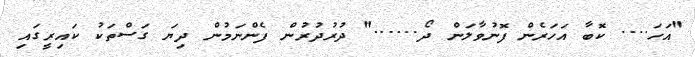
"އަހަ.... ކޮބާ އަހަރެން ފޮނުވާލަން ދޯ......" ދުރުދުރުން ފެންނަމުން ދިޔަ ގަސްތަކު ކައިރީގައި